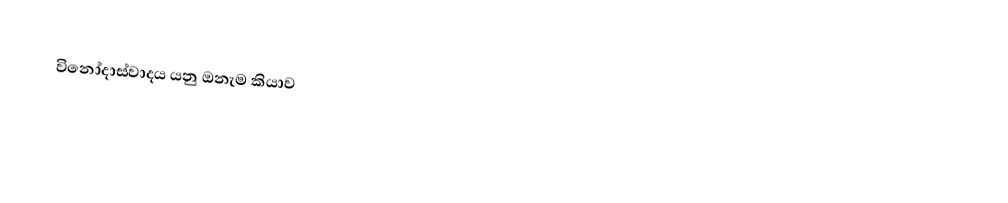
විනෝදාස්වාදය යනු ඔනැම කියාව